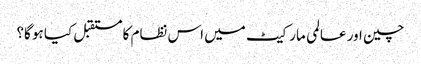
چین اور عالمی مارکیٹ میں اس نظام کا مستقبل کیا ہو گا؟